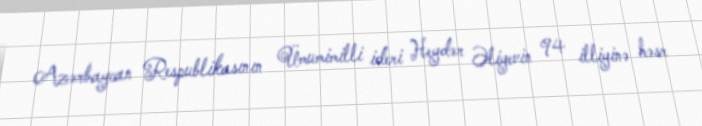
Azərbaycan Respublikasının Ümumimilli ideri Heydər Əliyevin 94 illiyinə həsr